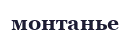
монтанье